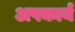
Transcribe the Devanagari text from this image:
अपकार्य